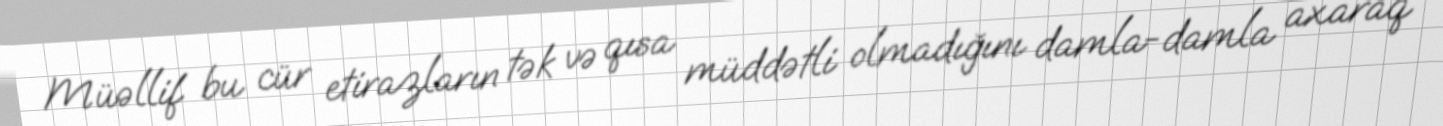
Müəllif bu cür etirazların tək və qısa müddətli olmadığını damla-damla axaraq